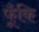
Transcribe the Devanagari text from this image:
फूँकि